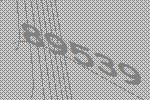
89539